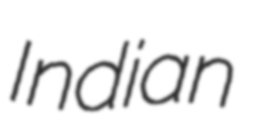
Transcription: Indian